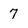
Character: 7